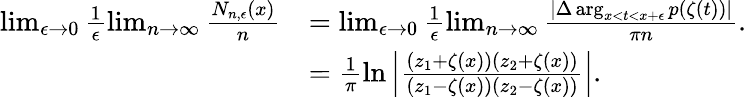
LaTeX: \begin{array}{rl}{\operatorname*{lim}_{\epsilon\rightarrow 0}\frac{1}{\epsilon}\operatorname*{lim}_{n\rightarrow\infty}\frac{N_{n,\epsilon}(x)}{n}}&{=\operatorname*{lim}_{\epsilon\rightarrow 0}\frac{1}{\epsilon}\operatorname*{lim}_{n\rightarrow\infty}\frac{\left|\Delta\arg_{x<t<x+\epsilon}p(\zeta(t))\right|}{\pi n}.}\\ &{=\frac{1}{\pi}\ln\left|\frac{(z_{1}+\zeta(x))(z_{2}+\zeta(x))}{(z_{1}-\zeta(x))(z_{2}-\zeta(x))}\right|.}\end{array}